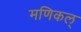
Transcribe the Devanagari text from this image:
मणिकल्